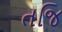
તજિ